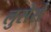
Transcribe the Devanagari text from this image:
लुसेरो